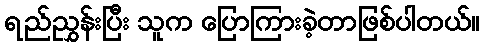
ရည်ညွှန်းပြီး သူက ပြောကြားခဲ့တာဖြစ်ပါတယ်။